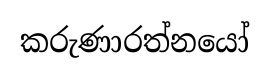
කරුණාරත්නයෝ